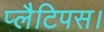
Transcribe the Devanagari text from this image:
प्लैटिपस।